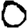
Digit: 0